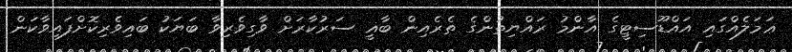
ޢަމަލެއްގައި އައްޑޫސިޓީގެ އާންމު ރައްޔިތުންގެ ތެރެއިން ބާޣީ ސަރުކާރަށް ވާގިވެރިވާ ބަޔަކު ބައިވެރިކޮށްފައިވާކަން